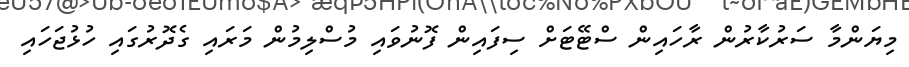
މިޔަންމާ ސަރުކާރުން ރާހައިން ސްޓޭޓަށް ސިފައިން ފޮނުވައި މުސްލިމުން މަރައި ގެދޮރުގައި ހުޅުޖަހައި